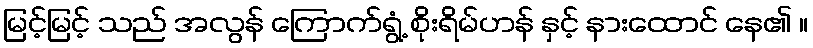
မြင့်မြင့် သည် အလွန် ကြောက်ရွံ့ စိုးရိမ်ဟန် နှင့် နားထောင် နေ၏ ။